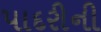
પાદરીની